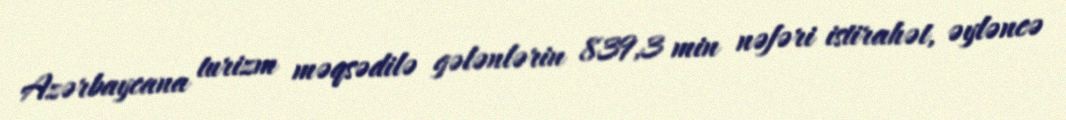
Azərbaycana turizm məqsədilə gələnlərin 839,3 min nəfəri istirahət, əyləncə